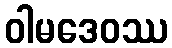
ဝါမဒေဝဿ